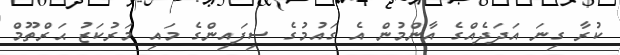
ކުރާ ގިނަ އަދަދެއްްގެ އާންމުން އެ ގައުމުގެ ސިފައިންގެ މައި މަރުކަޒު ޙަރްތޫމް